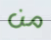
من